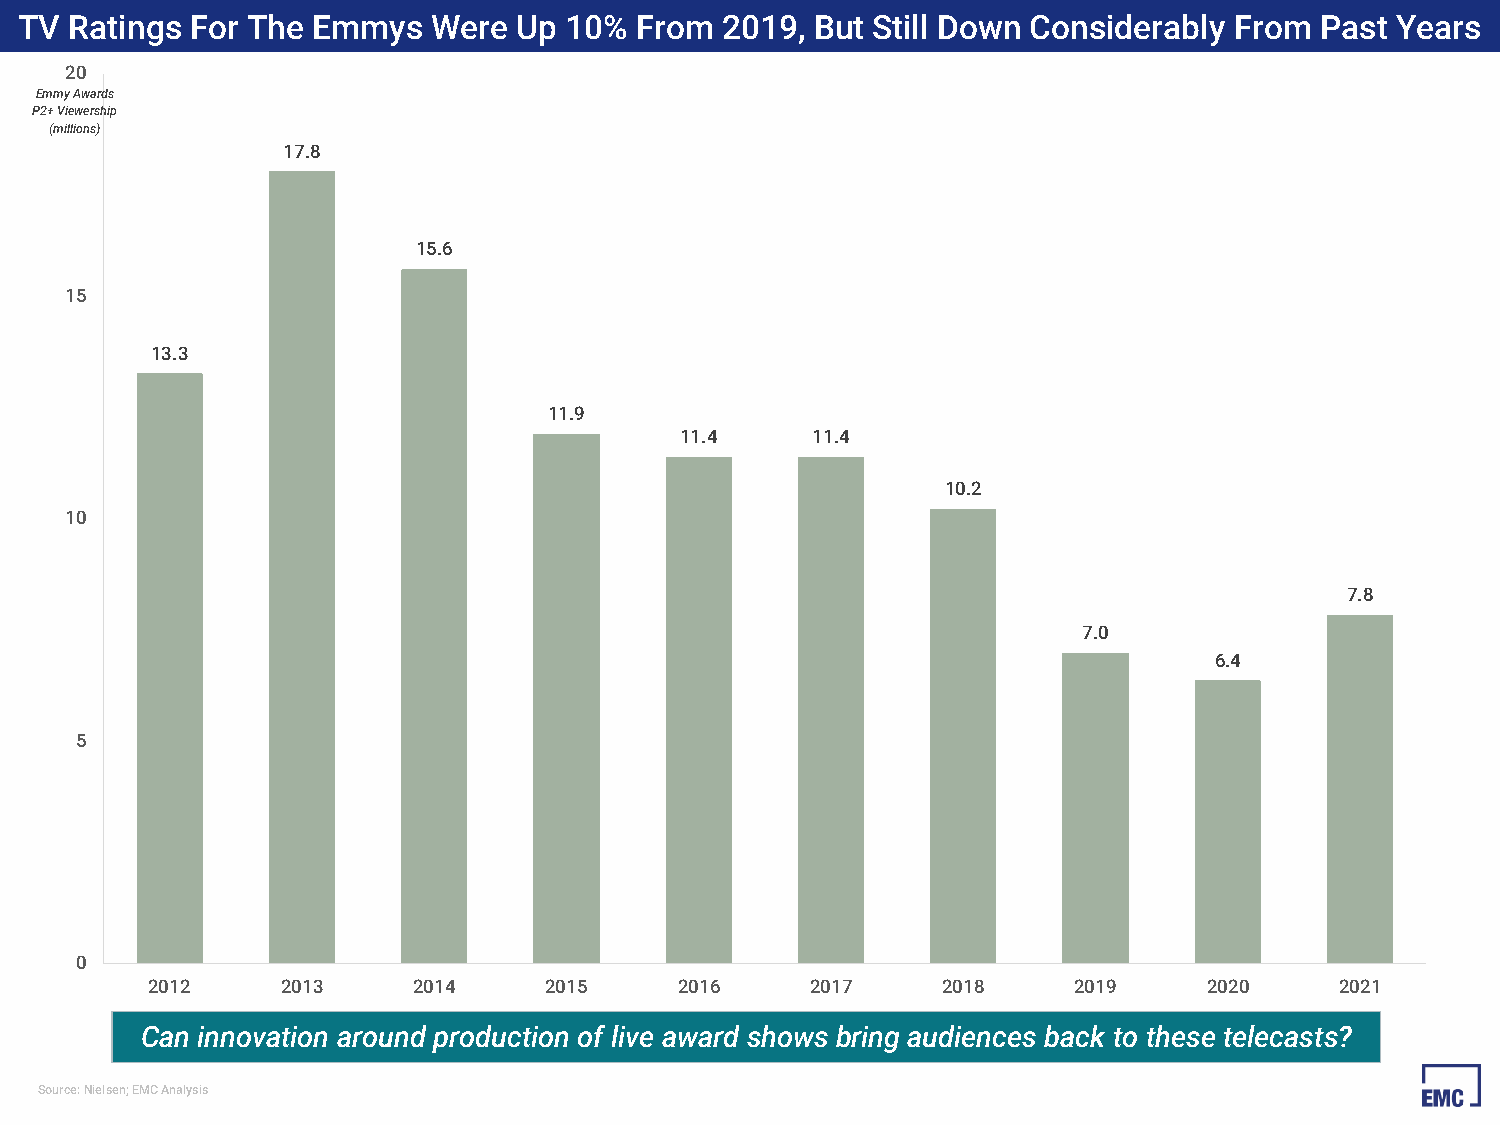
TV  Ratings For The Emmys   Were Up 10%  From  2019, But Still Down Considerably From Past Years
 20
 Emmy Awards
 P2+ Viewership
 (millions)
 17.8
 15.6
 15
 13.3
 11.9
 11.4     11.4
 10.2
 10
 7.8
 7.0
 6.4
 5
 0
 2012     2013    2014     2015     2016     2017    2018     2019     2020     2021
 Can innovation around production of live award shows bring audiences back to these telecasts?
 Source: Nielsen; EMC Analysis